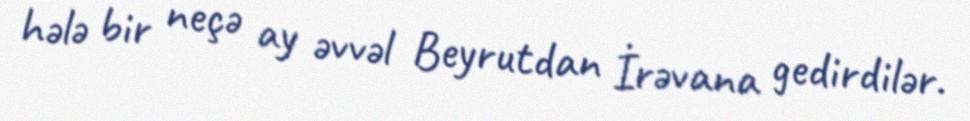
hələ bir neçə ay əvvəl Beyrutdan İrəvana gedirdilər.